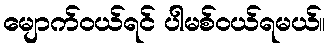
မျောက်ဝယ်ရင် ပါမစ်ဝယ်ရမယ်။